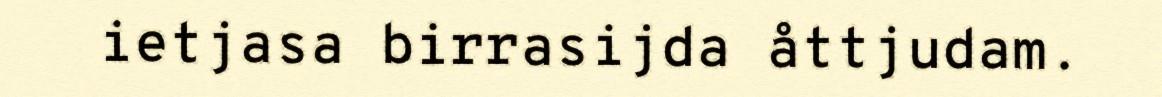
ietjasa birrasijda åttjudam.